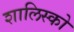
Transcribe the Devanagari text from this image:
शालिस्को